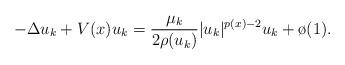
LaTeX: \begin{align*} - \Delta u_k + V(x)u_k = \frac{\mu_k}{2\rho(u_k)}|u_k|^{p(x) - 2} u_k+ \o(1).\end{align*}